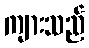
ကျားသည်